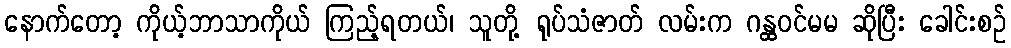
နောက်တော့ ကိုယ့်ဘာသာကိုယ် ကြည့်ရတယ်၊ သူတို့ ရုပ်သံဇာတ် လမ်းက ဂန္ထဝင်မမ ဆိုပြီး ခေါင်းစဉ်